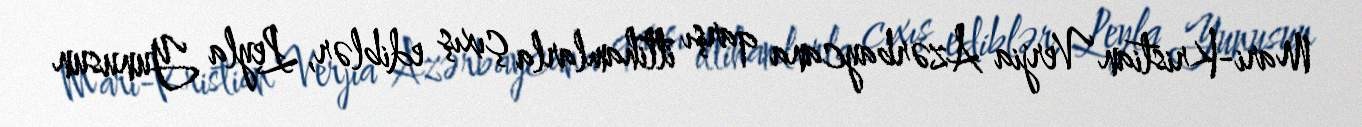
Mari-Kristian Verjia Azərbaycana qarşı ittihamlarla çıxış ediblər, Leyla Yunusun